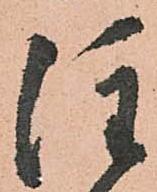
注